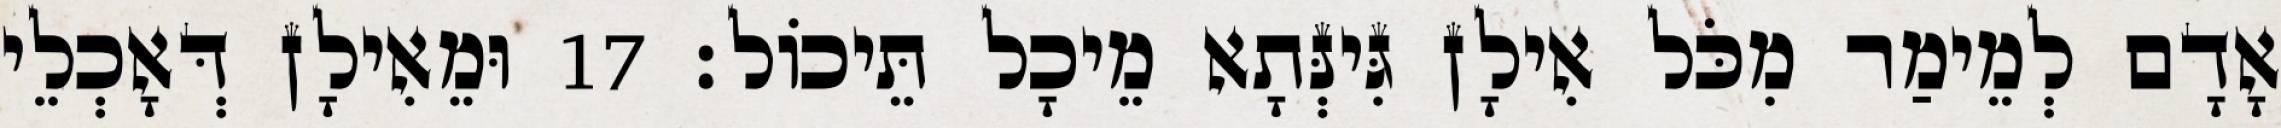
אָדָם לְמֵימַר מִכֹּל אִילָן גִּינְּתָא מֵיכָל תֵּיכוֹל׃ 17 וּמֵאִילָן דְּאָכְלֵי